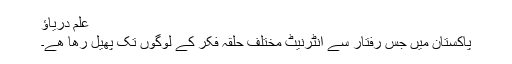
علم دریاؤ
پاکستان میں جس رفتار سے انٹرنیٹ مختلف حلقہ فکر کے لوگوں تک پھیل رھا ھے۔